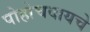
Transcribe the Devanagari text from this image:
पोहोचवायचे